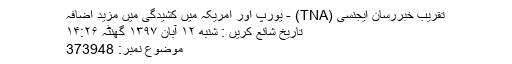
تقريب خبررسان ايجنسی (TNA) - یورپ اور امریکہ میں کشیدگی میں مزید اضافہ
تاریخ شائع کریں : شنبه ۱۲ آبان ۱۳۹۷ گھنٹہ ۱۴:۲۶
موضوع نمبر: 373948